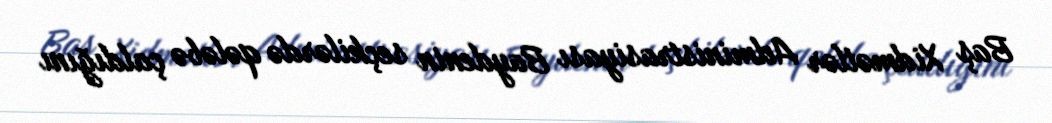
Baş Xidmətlər Administrasiyası Baydenin seçkilərdə qələbə çaldığını